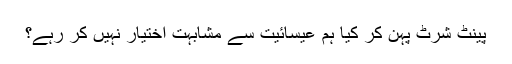
پینٹ شرٹ پہن کر کیا ہم عیسائیت سے مشابہت اختیار نہیں کر رہے؟